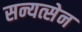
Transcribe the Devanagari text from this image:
सन्यत्सेन